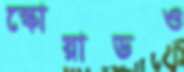
স্কোয়াডও